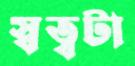
স্বত্বটা